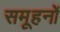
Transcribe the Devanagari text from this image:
समूहनों